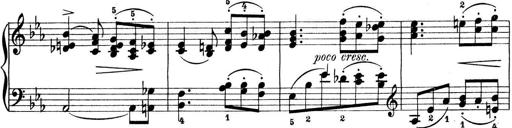
Title: Preis-Sonatine
Composer: Ernst James Bremner